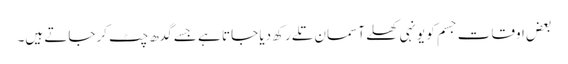
بعض اوقات جسم کو یونہی کھلے آسمان تلے رکھ دیا جاتا ہے جسے گدھ چٹ کرجاتے ہیں۔